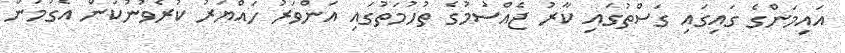
އައިމަންގެ ގައިގައި ގަސްތުގައި ކާރު ޖެއްސުމުގެ ތުހުމަތުގައި އަންވަރު ހައްޔަރު ކުރެވުނުކަން އެގުމުން